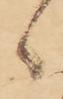
候